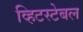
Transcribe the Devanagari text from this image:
व्हिटस्टेबल